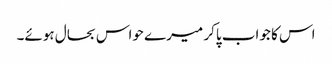
اس کا جواب پاکر میرے حواس بحال ہوئے۔